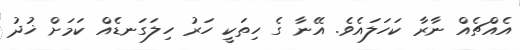
އެއްޗެއް ނާރާ ކަހަލައެވެ. އޭނާ ގެ ހިތަކީ ހަރު ހިލަގަނޑެއް ކަމަށް ޚުދު